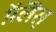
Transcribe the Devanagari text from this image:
प़ॅलॆस्